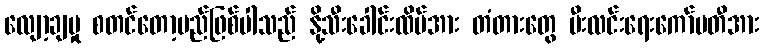
လျော့ချမှု စတင်တော့မည်ဖြစ်ပါသည် နို့သီးခေါင်းထိပ်အား တံတားတွေ မီးလင်းရေးကော်မတီအား